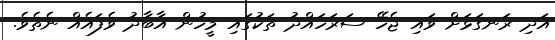
އަދި ރަނގަޅަށް ވައި ޖެހޭ ސަރަހައްދު ތަކުގައި މީހުން އާބާދު ވެފައެއް ނެތެވެ.